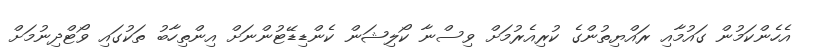
އެހެންކަމުން ގައުމާއި ރައްޔިތުންގެ ކުރިއެރުމަށް ވިސްނާ ކޯލިޝަން ކެންޑިޑޭޓުންނަށް އިންތިހާބު ތަކުގައި ވޯޓްދިނުމަށް